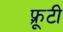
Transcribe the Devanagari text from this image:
फ़्रूटी